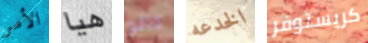
الأمر هيا كالو الخدعه كريستوفر